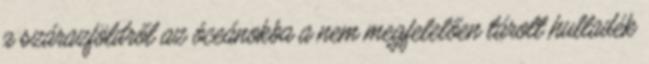
a szárazföldről az óceánokba a nem megfelelően tárolt hulladék